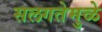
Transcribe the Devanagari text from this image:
सलगतेमुळे